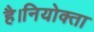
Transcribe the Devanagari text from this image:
है।नियोक्ता